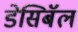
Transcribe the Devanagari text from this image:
डेसिबॅल